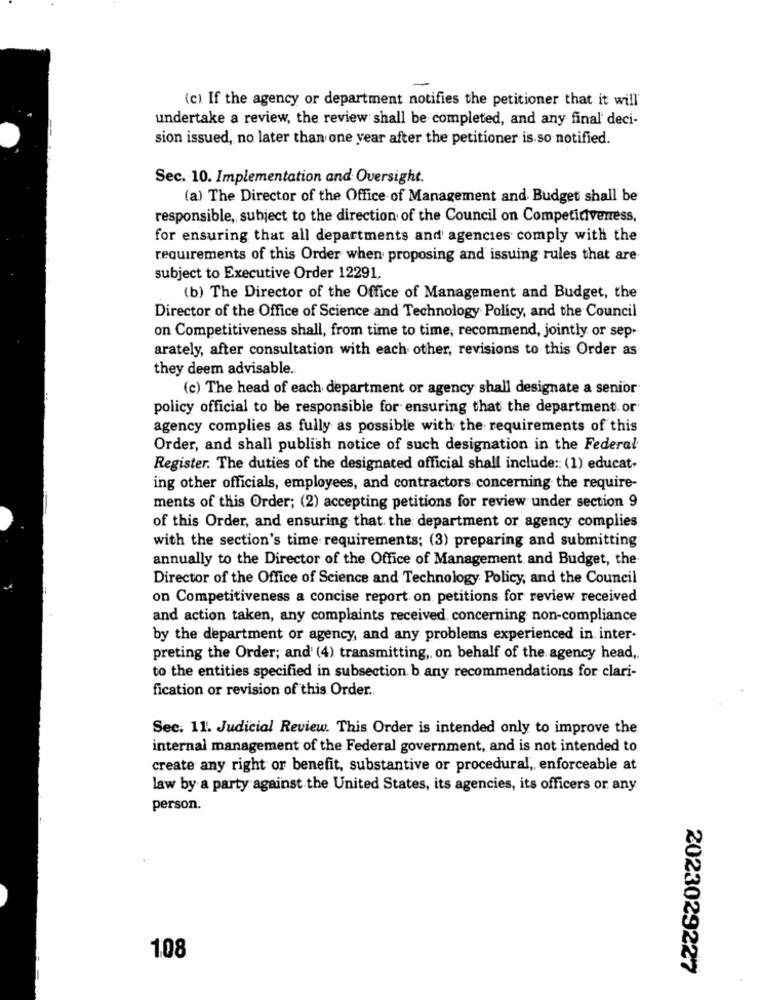
(c) If the agency or department notifies the petitioner that it will'
undertake a review, the review shall be completed, and any final' deci-
sion issued, no later than one year after the petitioner is so notified.
Sec. 10. Implementation and Oversight.
(a) The Director of the Office of Management and Budget shall be
responsible, subject to the direction of the Council on Competitiveness,
for ensuring that all departments and agencies comply with the
requirements of this Order when proposing and issuing rules that are
subject to Executive Order 12291.
(b) The Director of the Office of Management and Budget, the
Director of the Office of Science and Technology Policy, and the Council
on Competitiveness shall, from time to time, recommend, jointly or sep-
arately, after consultation with each other, revisions to this Order as
they deem advisable.
(c) The head of each department or agency shall designate a senior
policy official to be responsible for ensuring that the department. or
agency complies as fully as possible with the requirements of this
Order, and shall publish notice of such designation in the Federal
Register. The duties of the designated official shall include :: (1) educat-
ing other officials, employees, and contractors concerning the require-
ments of this Order; (2) accepting petitions for review under section 9
of this Order, and ensuring that the department or agency complies
with the section's time requirements; (3) preparing and submitting
annually to the Director of the Office of Management and Budget, the
Director of the Office of Science and Technology Policy, and the Council
on Competitiveness a concise report on petitions for review received
and action taken, any complaints received, concerning non-compliance
by the department or agency, and any problems experienced in. inter-
preting the Order; and' (4) transmitting ,, on behalf of the agency head,
to the entities specified in subsection, b any recommendations for clari-
fication or revision of this Order ..
Sec. 11. Judicial Review. This Order is intended only to improve the
internal management of the Federal government, and is not intended to
create any right or benefit, substantive or procedural, enforceable at
law by a party against the United States, its agencies, its officers or any
person.
108
2023029227